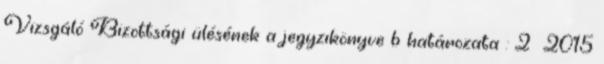
Vizsgáló Bizottsági ülésének a jegyzıkönyve b határozata : 2 2015